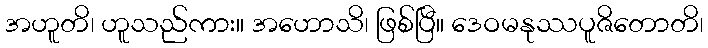
အဟူတိ၊ ဟူသည်ကား။ အဟောသိ၊ ဖြစ်ပြီ။ ဒေဝမနုဿပူဇိတောတိ၊